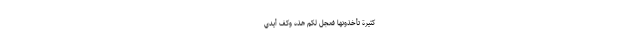
كَثِيرَةً تَأْخُذُونَهَا فَعَجَّلَ لَكُمْ هَذِهِ وَكَفَّ أَيْدِيَ